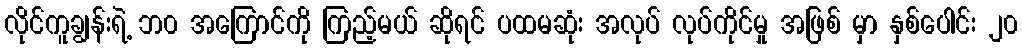
လိုင်ကူချွန်းရဲ့ ဘ၀ အကြောင်ကို ကြည့်မယ် ဆိုရင် ပထမဆုံး အလုပ် လုပ်ကိုင်မှု အဖြစ် မှာ နှစ်ပေါင်း ၂၀